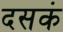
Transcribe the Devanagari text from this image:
दसकं